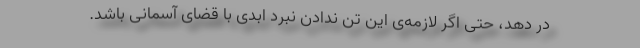
در دهد، حتی اگر لازمه‌ی این تن ندادن نبرد ابدی با قضای آسمانی باشد.